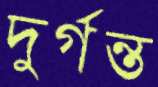
দুর্গন্ত